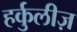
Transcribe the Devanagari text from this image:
हर्कुलीज़